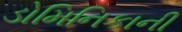
ડોમિનિકાની